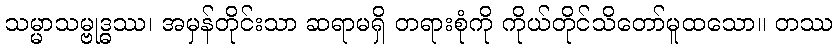
သမ္မာသမ္ဗုဒ္ဓဿ၊ အမှန်တိုင်းသာ ဆရာမရှိ တရားစုံကို ကိုယ်တိုင်သိတော်မူထသော။ တဿ